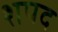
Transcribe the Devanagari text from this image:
शपद